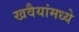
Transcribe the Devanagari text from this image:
खवैयांमध्ये